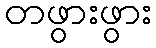
တဖွားဖွား